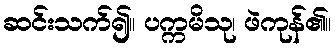
ဆင်းသက်၍။ ပက္ကမိသု၊ ဖဲကုန်၏။